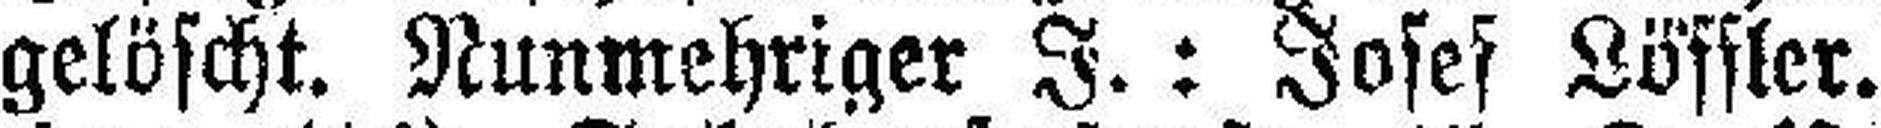
gelöscht. Nunmehriger I.: Joses Löffler.